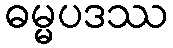
ဓမ္မပဒဿ